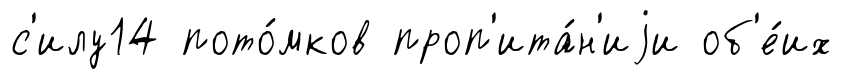
с'илу14 пото́мков проп'ита́н'иjи об'е́их